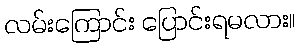
လမ်းကြောင်း ပြောင်းရမလား။